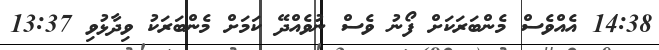
14:38 އެއްވެސް މެންބަރަކަށް ފޯނު ވެސް ނުވެއްދޭ ކަމަށް މެންބަރަކު ވިދާޅުވި 13:37